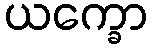
ယက္ခော